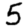
Digit: 5